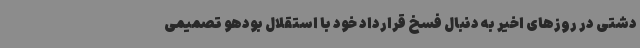
دشتی در روزهای اخیر به دنبال فسخ قرارداد خود با استقلال بودهو تصمیمی